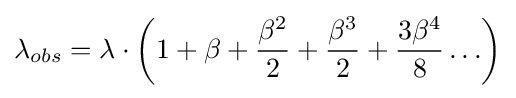
\lambda _{obs}=\lambda \cdot \left(1+\beta +{\frac {\beta ^{2}}{2}}+{\frac {\beta ^{3}}{2}}+{\frac {3\beta ^{4}}{8}}\ldots \right)